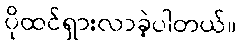
ပိုထင်ရှားလာခဲ့ပါတယ်။